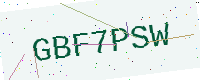
Text: GBF7PSW